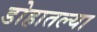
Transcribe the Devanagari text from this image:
डोहातल्या